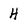
Character: H